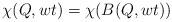
LaTeX: \begin{align*}\chi(Q,wt)=\chi(B(Q,wt))\end{align*}